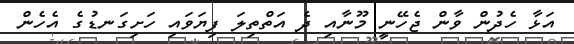
އަޅާ ހެދުން ވާން ޖެހޭނީ މޫނާއި ދެ އަތްތިލަ ފިޔަވައި ހަށިގަނޑުގެ އެހެން